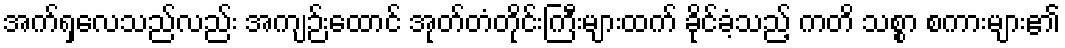
အက်ရှလေသည်လည်း အကျဉ်းထောင် အုတ်တံတိုင်းကြီးများထက် ခိုင်ခံ့သည့် ကတိ သစ္စာ စကားများ၏